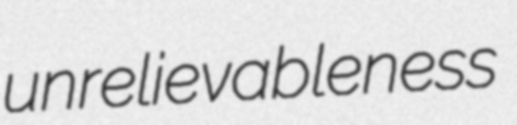
unrelievableness